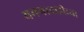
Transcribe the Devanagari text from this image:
यमगरवाडीच्या